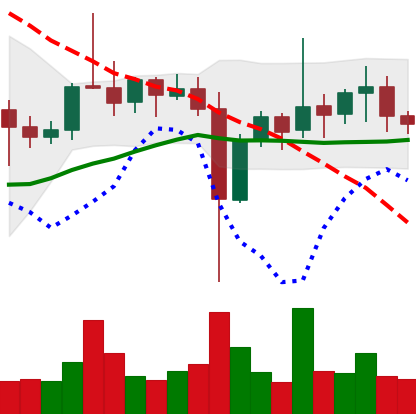
Ticker: ETC-USD
Chart end date: 2021-11-05
Forward return: 6.604%
Label: up_5_7